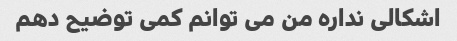
اشکالی نداره من می توانم کمی توضیح دهم